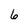
Character: 6